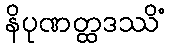
နိပုဏတ္ထဒဿိံ